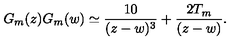
G _ { m } ( z ) G _ { m } ( w ) \simeq { \frac { 1 0 } { ( z - w ) ^ { 3 } } } + { \frac { 2 T _ { m } } { ( z - w ) } } .